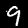
Label: 9